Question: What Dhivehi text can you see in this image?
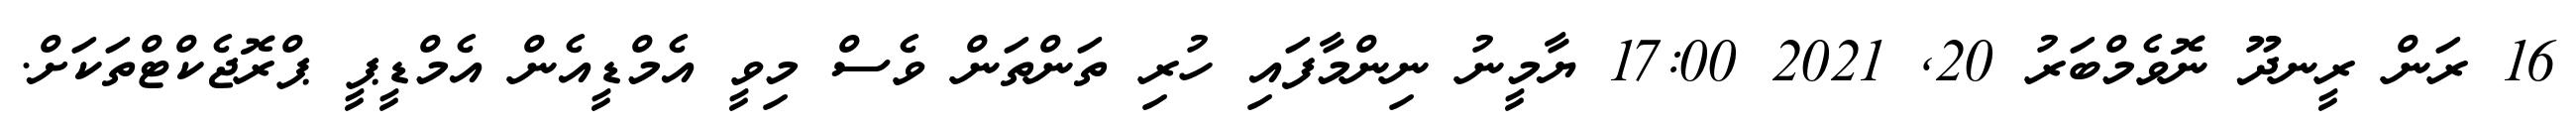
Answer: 16 ރަން ރީނދޫ ނޮވެމްބަރު 20, 2021 17:00 ޔާމީނު ނިންމާފައި ހުރި ތަންތަން ވެސް މިވީ އެމްޑީއެން އެމްޑީޕީ ޕްރޮޖެކްޓްތަކަށް.